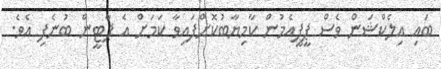
ބައި އިލެކްޝަން ވެސް ޕީޕީއެމުން ކާމިޔާބުކޮށްފައިވާ ކަމަށް އެ ޕާޓީން ބުނެފި އެވެ.